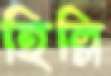
হিল্লি